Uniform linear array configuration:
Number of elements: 64
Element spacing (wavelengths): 0.25
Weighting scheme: cosine
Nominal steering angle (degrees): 15
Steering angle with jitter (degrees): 14.936
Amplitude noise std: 0.05
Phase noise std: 0.05

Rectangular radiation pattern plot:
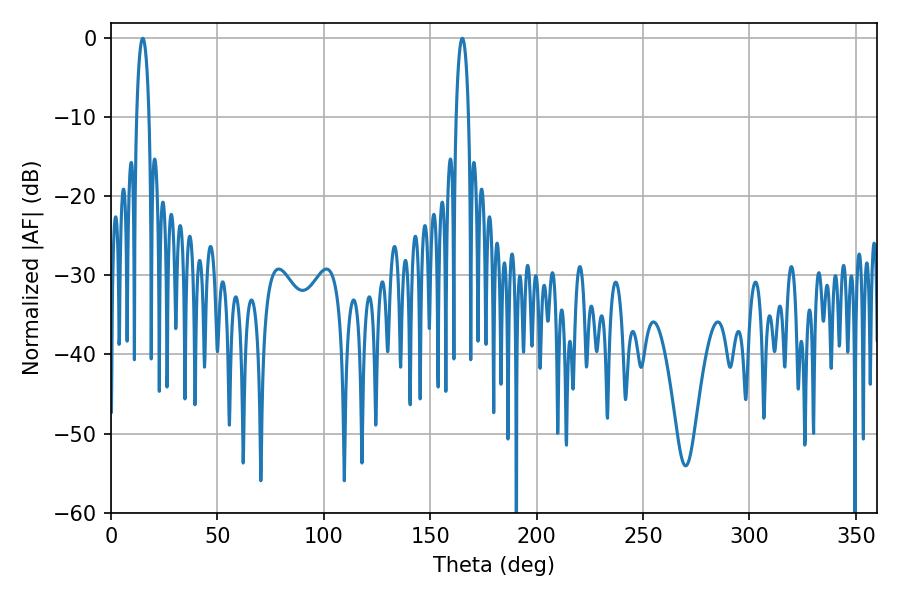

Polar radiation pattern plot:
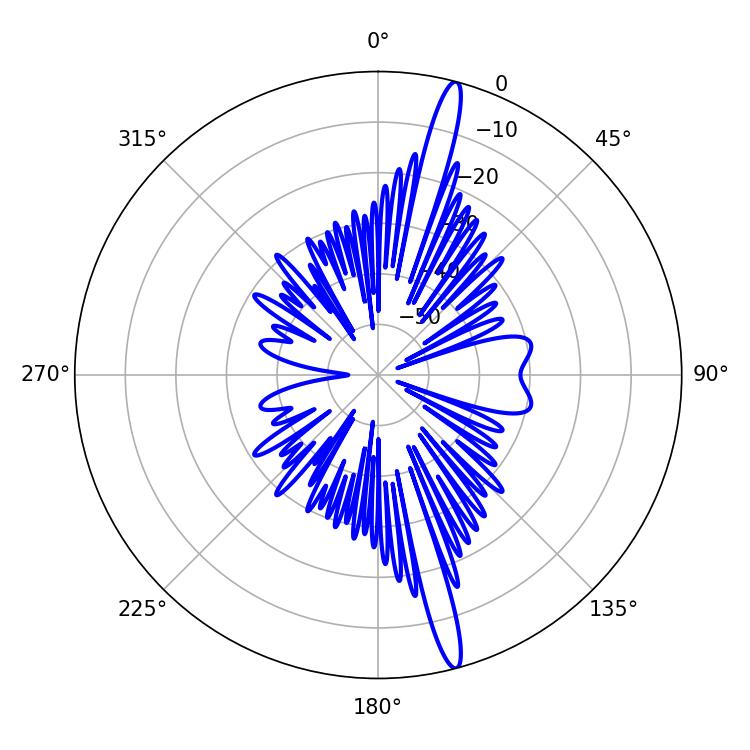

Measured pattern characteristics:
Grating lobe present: FALSE
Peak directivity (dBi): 17.7
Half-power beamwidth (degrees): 3.24
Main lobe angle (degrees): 165.06